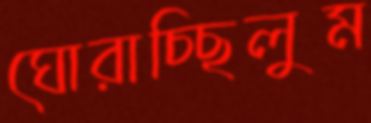
ঘোরাচ্ছিলুম